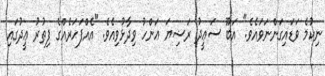
ނިކުމެ ވަޑައިގަންނަވައެވެ." އަބޫ ސަޢީދު ރަޟިޔަ ޢަންހު ވިދާޅުވިއެވެ. "އެއްފަހަރެއްގެ ފިޠުރު ޢީދުގައި